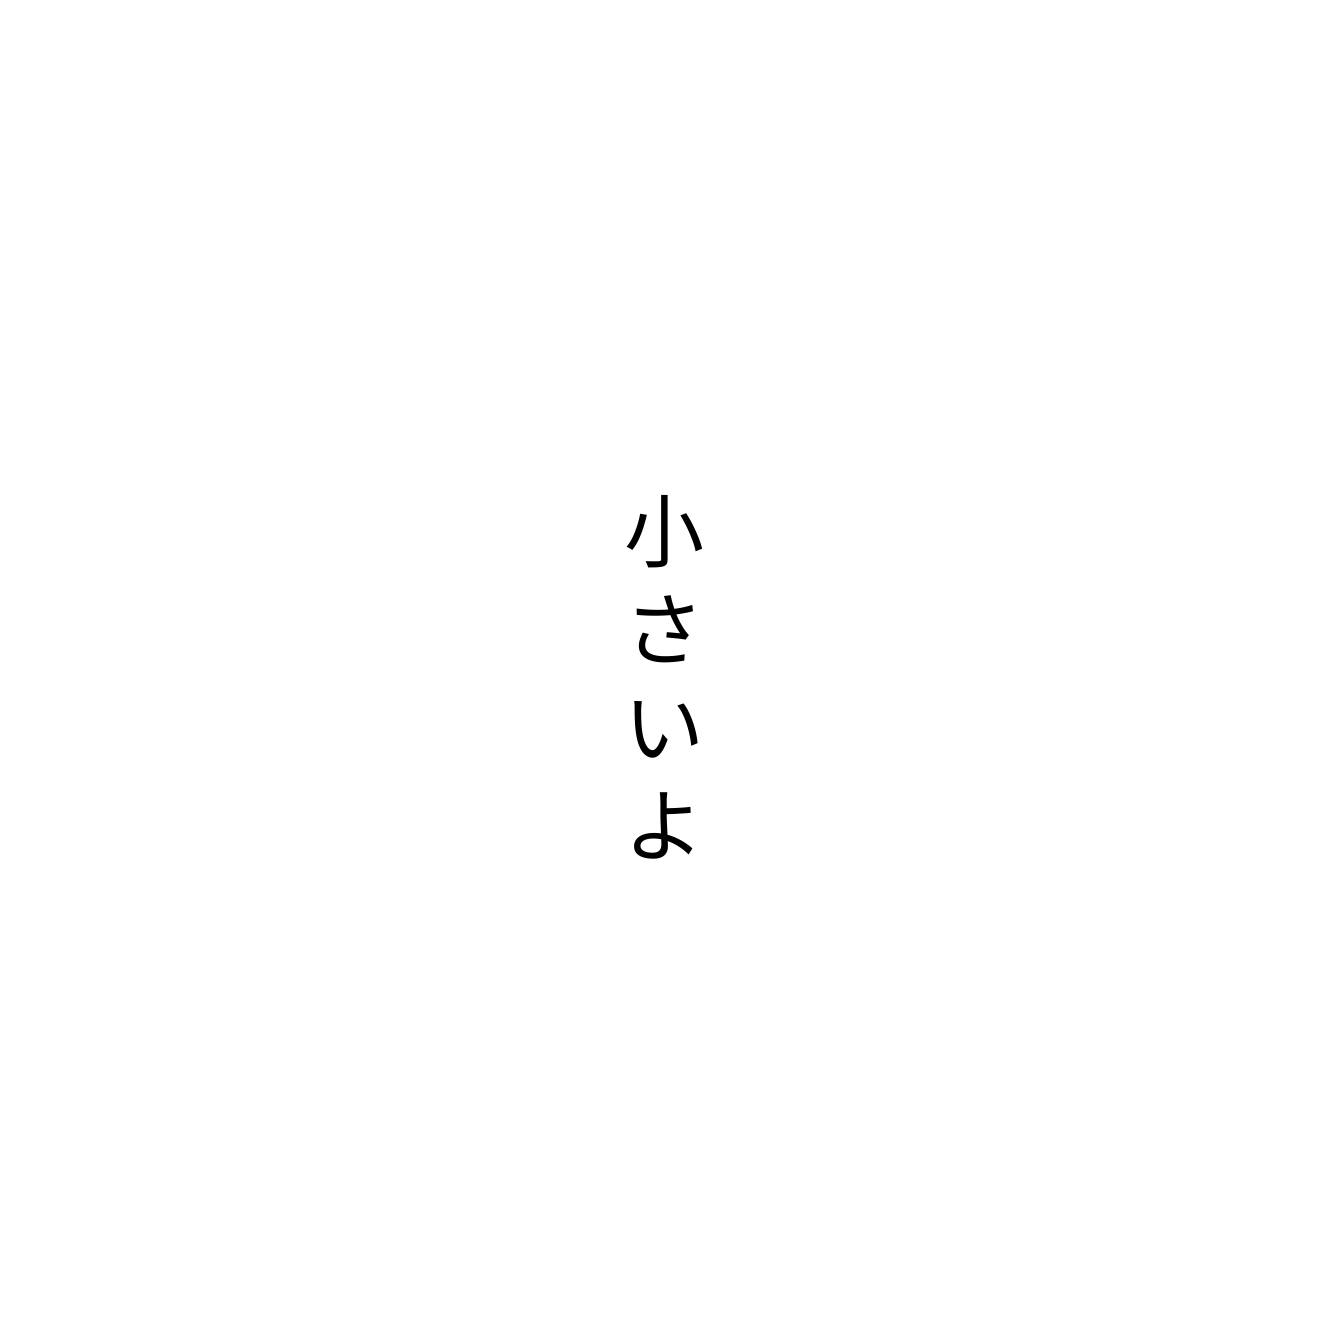
小さいよ